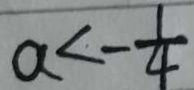
a < - \frac { 1 } { 4 }